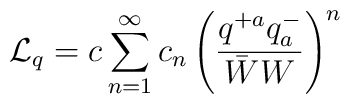
{\cal L}_q = c\sum^{\infty}_{n=1} c_n \left( \frac{q^{+a}q^{-}_a }{\bar W W}\right)^n